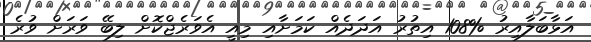
އަޅާބަލާއިރު %108 އިތުރު އަދަދެއް ކަމަށާއި މިއީ އެވަރެޖްކޮށް ލިބޭ ވަރަށް ވުރެ